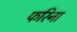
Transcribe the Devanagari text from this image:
फरिना